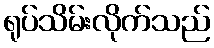
ရုပ်သိမ်းလိုက်သည်